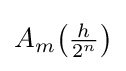
{\textstyle A_{m}{\big (}{\frac {h}{2^{n}}}{\big )}}